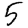
Digit: 5